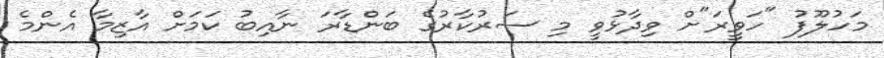
މަހުލޫފު "ހަވީރަ"ށް ވިދާޅުވީ މި ސަރުކާރުގެ ބަންޑާރަ ނާއިބު ކަމަށް އާޒިމާ އެންމެ